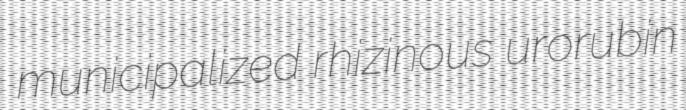
municipalized rhizinous urorubin